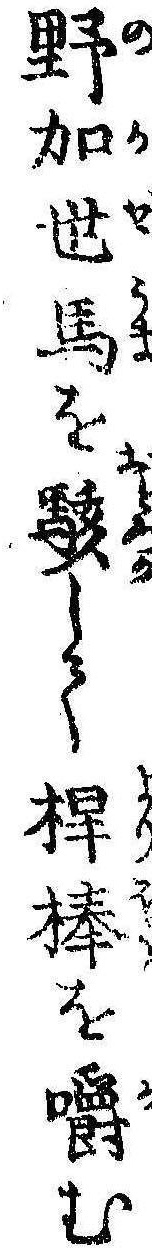
野加世馬を駭して桿棒を嚼む